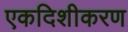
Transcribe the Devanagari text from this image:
एकदिशीकरण